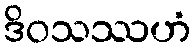
ဒိဝသဿဟံ